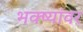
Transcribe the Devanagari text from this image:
भक्ष्यांवर